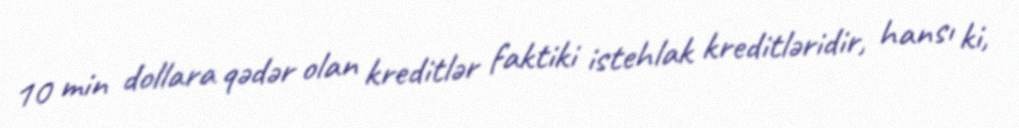
10 min dollara qədər olan kreditlər faktiki istehlak kreditləridir, hansı ki,